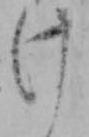
け